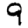
Digit: 9